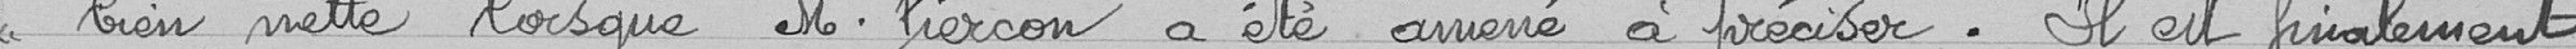
<< bien nette lorsque M. Pierçon a été amené à préciser . Il est finalement